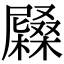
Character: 𡳭